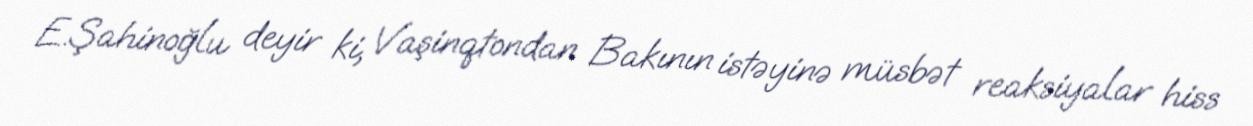
E.Şahinoğlu deyir ki, Vaşinqtondan Bakının istəyinə müsbət reaksiyalar hiss